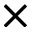
\times